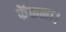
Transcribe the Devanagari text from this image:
फेंकना।